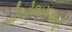
બોગોલાગામાની